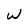
Character: w